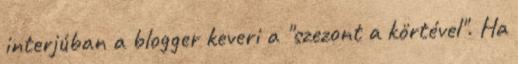
interjúban a blogger keveri a "szezont a körtével". Ha